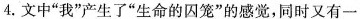
4.文中”我”产生了”生命的囚笼”的感觉，同时又有一